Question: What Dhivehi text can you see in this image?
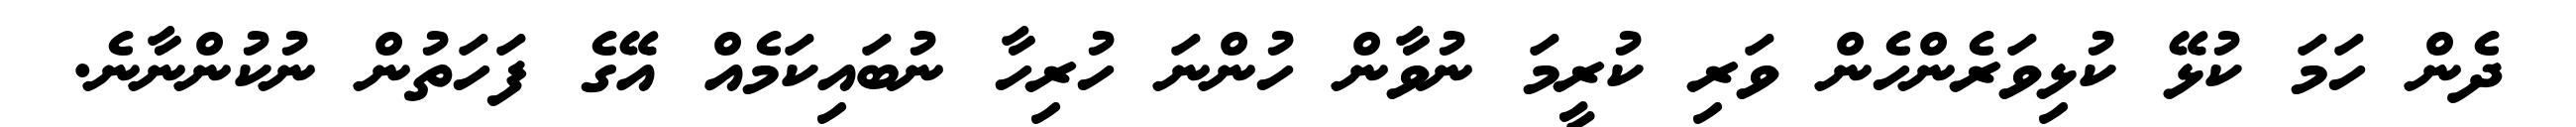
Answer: ދެން ހަމަ ކުޅޭ ކުޅިވަރެންހެން ވަރި ކުރީމަ ނުވާން ހުންނަ ހުރިހާ ނުބައިކަމެއް އޭގެ ފަހަތުން ނުކުންނާނެ.